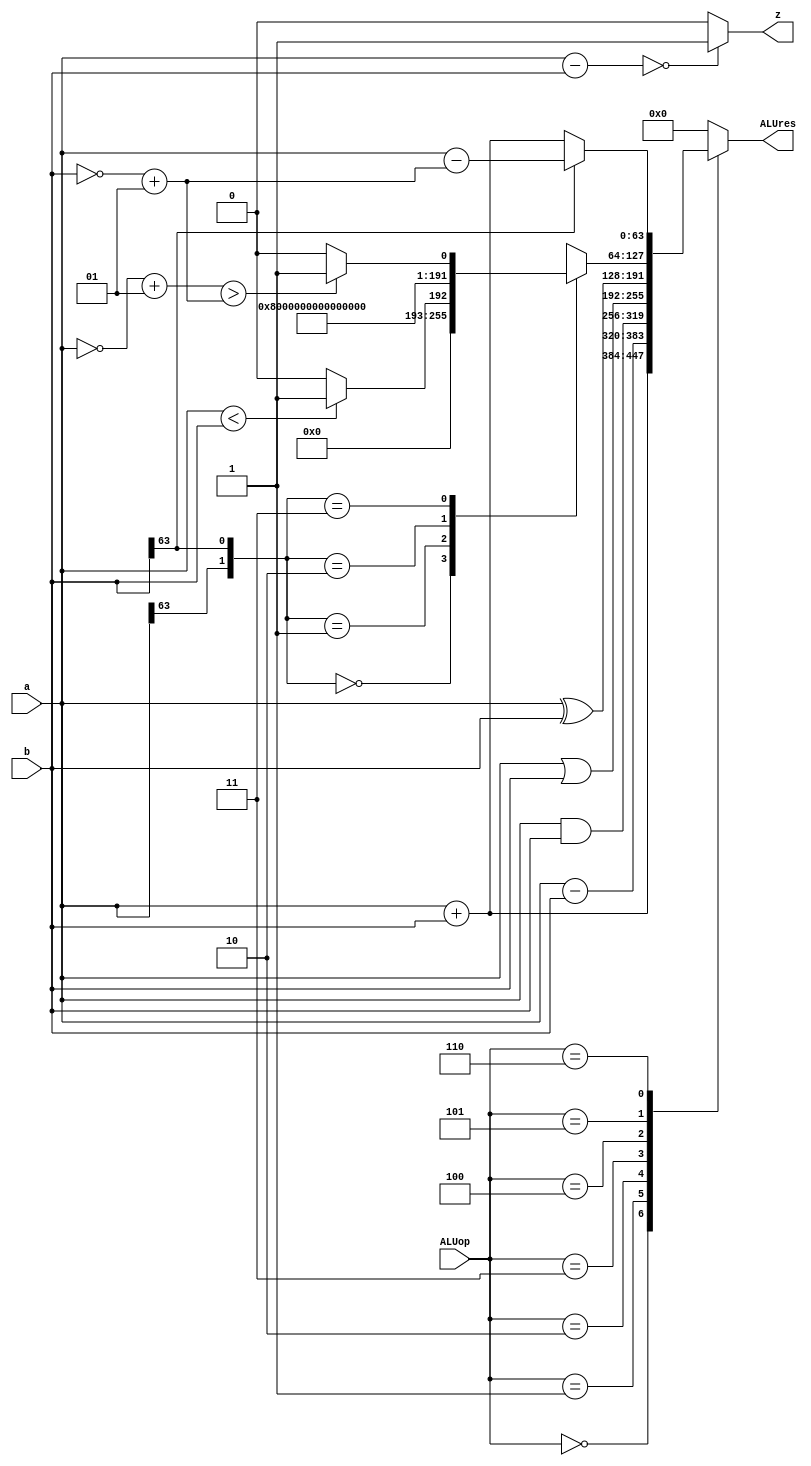
`timescale 1ns / 1ps

//----Defined Constants----

//----ALUOp----
`define AddALU     3'b000
`define SubALU     3'b001
`define AndALU     3'b010
`define OrALU      3'b011
`define XorALU     3'b100
`define SLTALU     3'b101
`define AddiALU    3'b110 //Add vs ADDI**






//----Load from mem----
`define LD              3'b011
`define LW              3'b010
`define LWU             3'b110
`define LH              3'b001
`define LHU             3'b101
//----Store to mem----
`define SD              3'b011
`define SW              3'b010
`define SH              3'b001




//----Funct3----
//||Arithmetic||
`define Addf3             3'b000
`define Andf3             3'b111
`define Orf3              3'b110
`define Xorf3             3'b100
`define SLTf3             3'b010

//||Conditional Jump||
`define BNEf3             3'b001


//----Funct7----
//||Arithmetic||
`define Subf7            7'b0100000



//----Opcode----
`define ARITHopcode           7'b0110011
`define ADDIopcode            7'b0010011 
`define COND_BRAopcode        7'b1100011
`define JALopcode             7'b1101111
`define JALRopcode            7'b1100111
`define LOADopcode            7'b0000011
`define STOREopcode           7'b0100011




module ALU (
ALUop, a, b, z,
ALUres
);

input signed [63:0] a;
input signed [63:0] b;
input [2:0] ALUop;
output signed [63:0] ALUres;
output z;
//output signed value_holder;
reg z_res;
reg signed [63:0] result;
//reg signed [63:0] wirevalue_holder;
//reg signed [63:0] wireALUres;



always@(*)begin

case(ALUop)

    `AddALU: result <= a + b;
    `SubALU: result <= a - b;
    `AndALU: result <= a & b;
    `OrALU: result <= a | b;
    `XorALU: result <= a ^ b;
    `SLTALU: //result <= a < b;
            begin                
            
                case({a[63],b[63]})
                    2'b00:begin         //case a and b are (+)
                        if(a < b) 
                            result <= 64'b1;
                          else 
                            result <= 64'b0;
                    end
                    
                    2'b01:begin         //case a is (+), b is (-)
                        result <= 64'b0;     
                    end
                    
                    2'b10:begin             //case a is (-), b is (+)
                        result <= 64'b1;
                    end
                    
                    2'b11:begin             //case a and b are (-)
                    
                        //if ||a|| > ||b||, then a < b
                        if((~a + 1)  > (~b + 1)) 
                            result <= 64'b1;
                          else 
                            result <= 64'b0;
                    end
                endcase
            end
    `AddiALU: begin
        if(b[63] == 1'd1)
            result <= a - (~b + 1);
          else
            result <= a + b;
    end
    default: result <= 32'd0;





      endcase





    


end

always@(*)begin
        
        if((a-b) == 64'd0)
            z_res <= 1'd1;
          else
            z_res <= 1'd0;
            
end

assign ALUres = result;
assign z = z_res;


endmodule


//https://www.excamera.com/sphinx/fpga-verilog-sign.html
//https://stackoverflow.com/questions/24162329/verilog-signed-vs-unsigned-samples-and-first